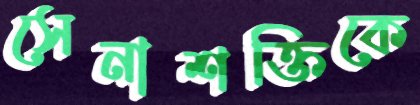
সেনাশক্তিকে